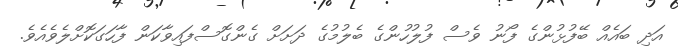
އަދި ބައެއް ބޭފުޅުންގެ ފޯނު ވެސް ފުލުހުންގެ ބެލުމުގެ ދަށަށް ގެންގޮސްފައިވާކަން ފާހަގަކޮށްލެވެއެވެ.